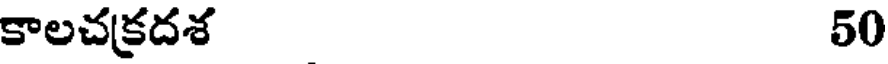
కాలచకదశ 50